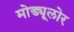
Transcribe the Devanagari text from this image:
मोड्यूलोर